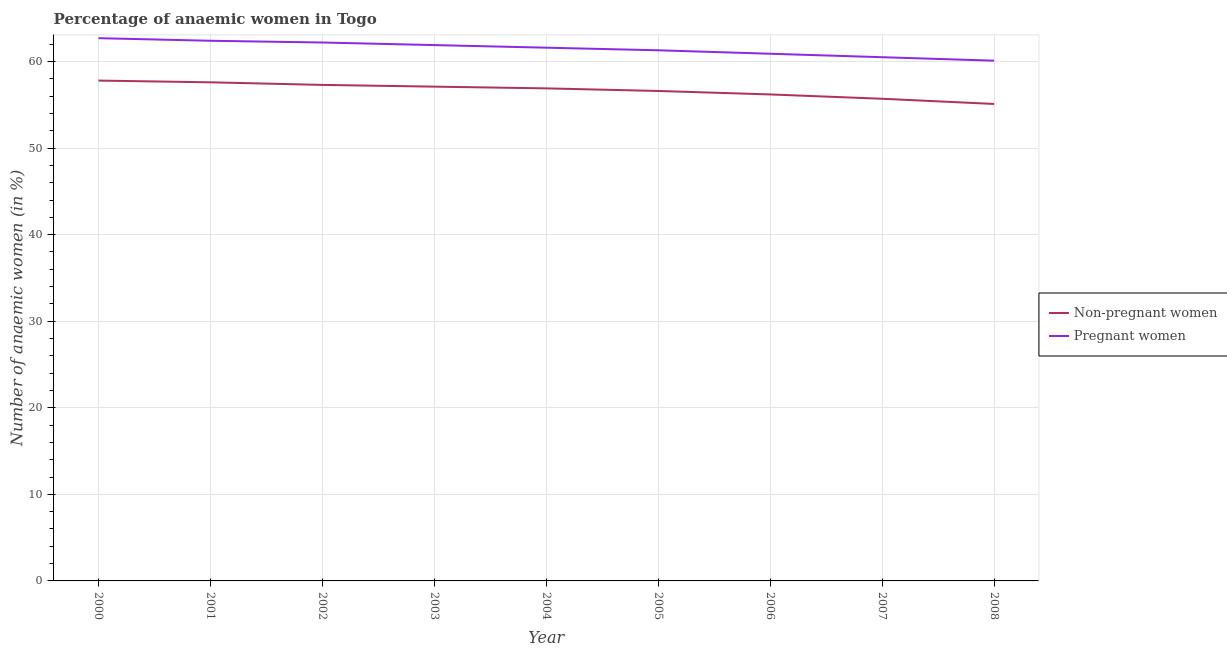
| Year | Non-pregnant women | Pregnant women |
 | --- | --- | --- |
 | 2000 | 57.8 | 62.7 |
 | 2001 | 57.6 | 62.4 |
 | 2002 | 57.3 | 62.2 |
 | 2003 | 57.1 | 61.9 |
 | 2004 | 56.9 | 61.6 |
 | 2005 | 56.6 | 61.3 |
 | 2006 | 56.2 | 60.9 |
 | 2007 | 55.7 | 60.5 |
 | 2008 | 55.1 | 60.1 |